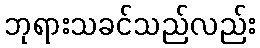
ဘုရားသခင်သည်လည်း